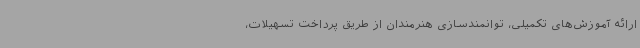
ارائه آموزش‌های تکمیلی، توانمندسازی هنرمندان از طریق پرداخت تسهیلات،